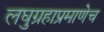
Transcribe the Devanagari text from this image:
लघुग्रहाप्रमाणेच